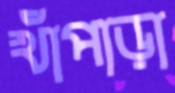
খাঁপাড়া